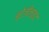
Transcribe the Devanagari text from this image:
ब्रेजीलाइट